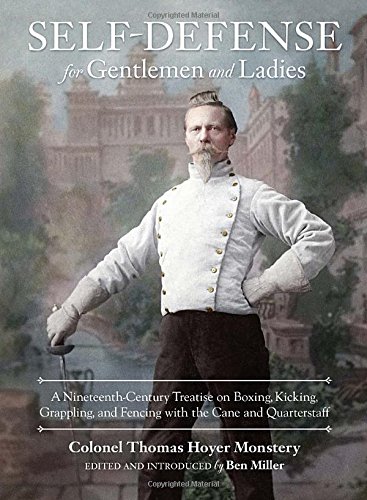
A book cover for Self-Defense for Gentlemen and Ladies: A Nineteenth-Century Treatise on Boxing, Kicking, Grappling, and Fencing with the Cane and Quarterstaff; Colonel Thomas Hoyer Monstery; Health, Fitness & Dieting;